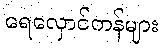
ရေလှောင်ကန်များ